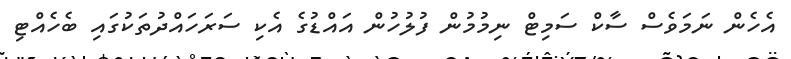
އެހެން ނަމަވެސް ސާކް ސަމިޓް ނިމުމުން ފުލުހުން އައްޑުގެ އެކި ސަރަހައްދުތަކުގައި ބެހެއްޓި